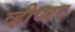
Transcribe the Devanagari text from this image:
व्हीप्पर